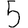
Digit: 5